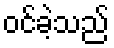
ဝင်ခဲ့သည်